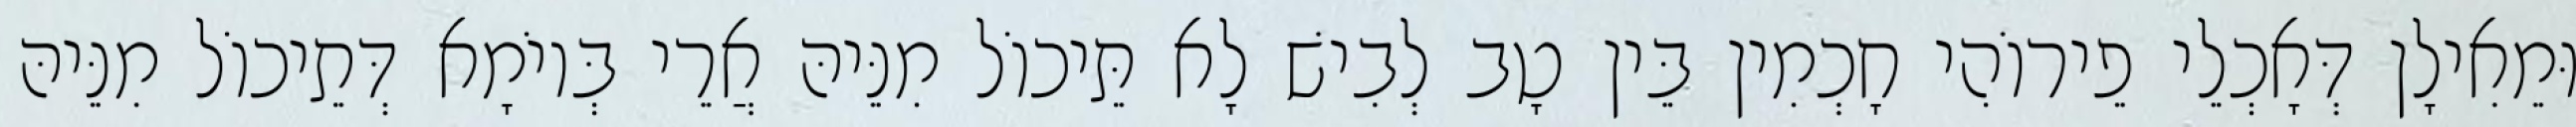
וּמֵאִילָן דְּאָכְלֵי פֵירוֹהִי חָכְמִין בֵּין טָב לְבִישׁ לָא תֵּיכוֹל מִנֵּיהּ אֲרֵי בְּיוֹמָא דְּתֵיכוֹל מִנֵּיהּ